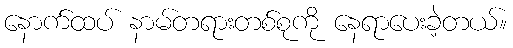
နောက်ထပ် နာမ်တရားတစ်စုကို နေရာပေးခဲ့တယ်။